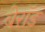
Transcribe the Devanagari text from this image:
बेरॉड